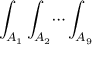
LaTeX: \int _ { A _ { 1 } } \int _ { A _ { 2 } } \dotsi \int _ { A _ { 9 } }